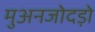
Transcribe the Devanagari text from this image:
मुअनजोदड़ो